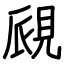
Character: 覛